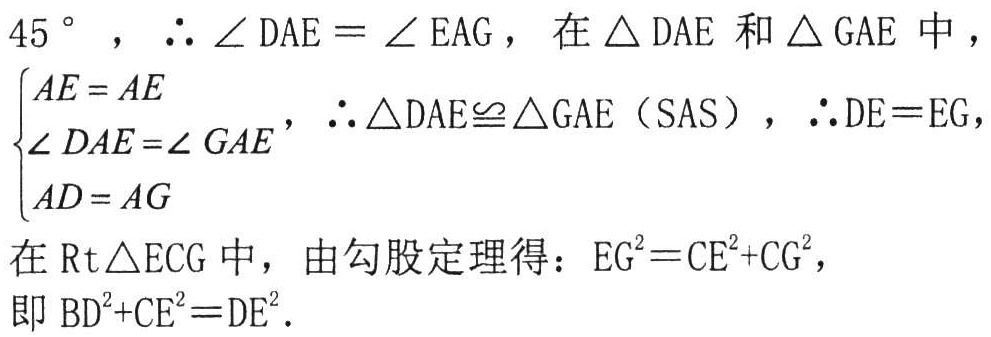
$45^{\circ}，\therefore\angle DAE = \angle EAG，在\triangle DAE和\triangle GAE中，

\begin{cases}

AE = AE\\

\angle DAE=\angle GAE\\

AD = AG

\end{cases}，\therefore\triangle DAE\cong\triangle GAE（SAS），\therefore DE = EG，

在\text{Rt}\triangle ECG中，由勾股定理得：EG^{2}=CE^{2}+CG^{2}，

即BD^{2}+CE^{2}=DE^{2}.$